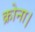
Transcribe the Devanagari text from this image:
क्रोना।